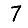
Digit: 7